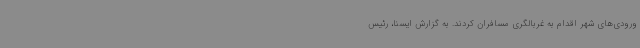
ورودی‌های شهر اقدام به غربالگری مسافران کردند. به گزارش ایسنا، رئیس